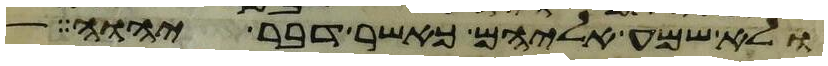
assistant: ולא שמע אליהם כאשר דבר יהוה